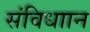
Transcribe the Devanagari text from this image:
संविधाान